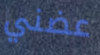
عضني